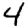
Digit: 4